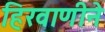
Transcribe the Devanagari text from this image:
हिरवाणीने